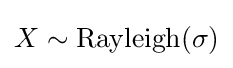
X\sim \mathrm {Rayleigh} (\sigma )